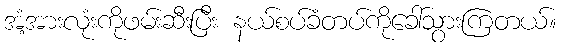
အံ့အားလုံးကိုဖမ်းဆီးပြီး နယ်စပ်ခံတပ်ကိုခေါ်သွားကြတယ်။